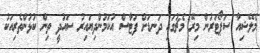
މެލޭޝިއާ ސަޕޯޓަރުން މިރޭ މެޗުގައި ދަނޑަށް ފަޓާސް އުކަމުންދިޔައިރު ސައުދީ ތިން ކުޅުންތެރިއަކު